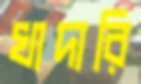
খাদারি